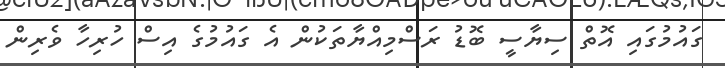
ގައުުމުގައި އޮތް ސިޔާސީ ބޮޑު ރަސްމިއްޔާތަކުން އެ ގައުމުގެ އިސް ހުރިހާ ވެރިން